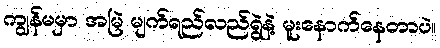
ကျွန်မမှာ အမြဲ မျက်ရည်လည်ရွဲနဲ့ မူးနောက်နေတာပဲ။